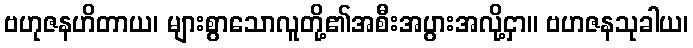
ဗဟုဇနဟိတာယ၊ များစွာသောလူတို့၏အစီးအပွားအလို့ငှာ။ ဗဟဇနသုခါယ၊